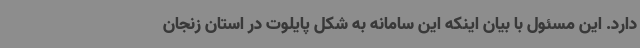
دارد. این مسئول با بیان اینکه این سامانه به شکل پایلوت در استان زنجان